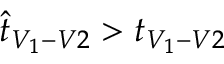
\hat { t } _ { V _ { 1 } - V 2 } > t _ { V _ { 1 } - V 2 }